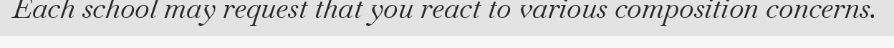
Each school may request that you react to various composition concerns.